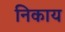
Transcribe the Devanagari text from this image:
निकाय